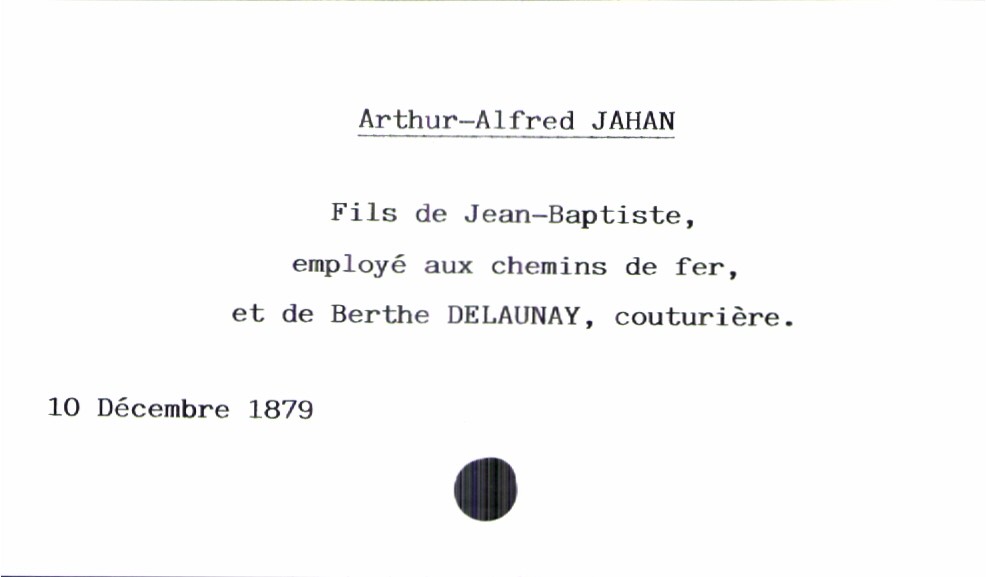
type_acte: Baptême
enfant_prénom: Arthur-Alfred
enfant_date_de_naissance: 10 décembre 1879
père_enfant_nom: Jahan
père_enfant_prénom: Jean-Baptiste
père_enfant_profession: employé aux chemins de fer
mère_enfant_nom: Delaunay
mère_enfant_prénom: Berthe
mère_enfant_profession: couturière